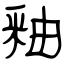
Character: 釉